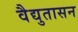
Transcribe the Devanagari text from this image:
वैद्युतासन